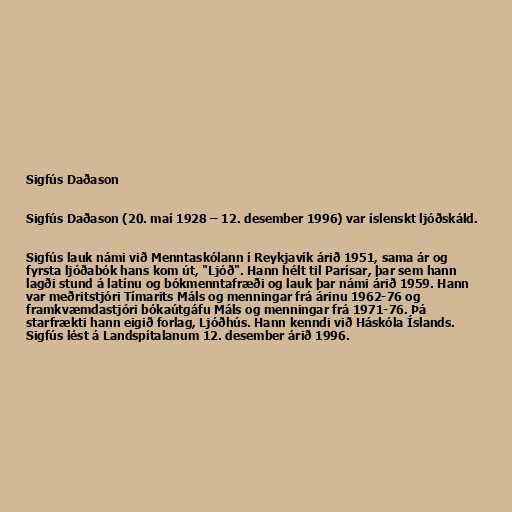
Sigfús Daðason

Sigfús Daðason (20. maí 1928 – 12. desember 1996) var íslenskt ljóðskáld.

Sigfús lauk námi við Menntaskólann í Reykjavík árið 1951, sama ár og
fyrsta ljóðabók hans kom út, "Ljóð". Hann hélt til Parísar, þar sem hann
lagði stund á latínu og bókmenntafræði og lauk þar námi árið 1959. Hann
var meðritstjóri Tímarits Máls og menningar frá árinu 1962-76 og
framkvæmdastjóri bókaútgáfu Máls og menningar frá 1971-76. Þá
starfrækti hann eigið forlag, Ljóðhús. Hann kenndi við Háskóla Íslands.
Sigfús lést á Landspítalanum 12. desember árið 1996.